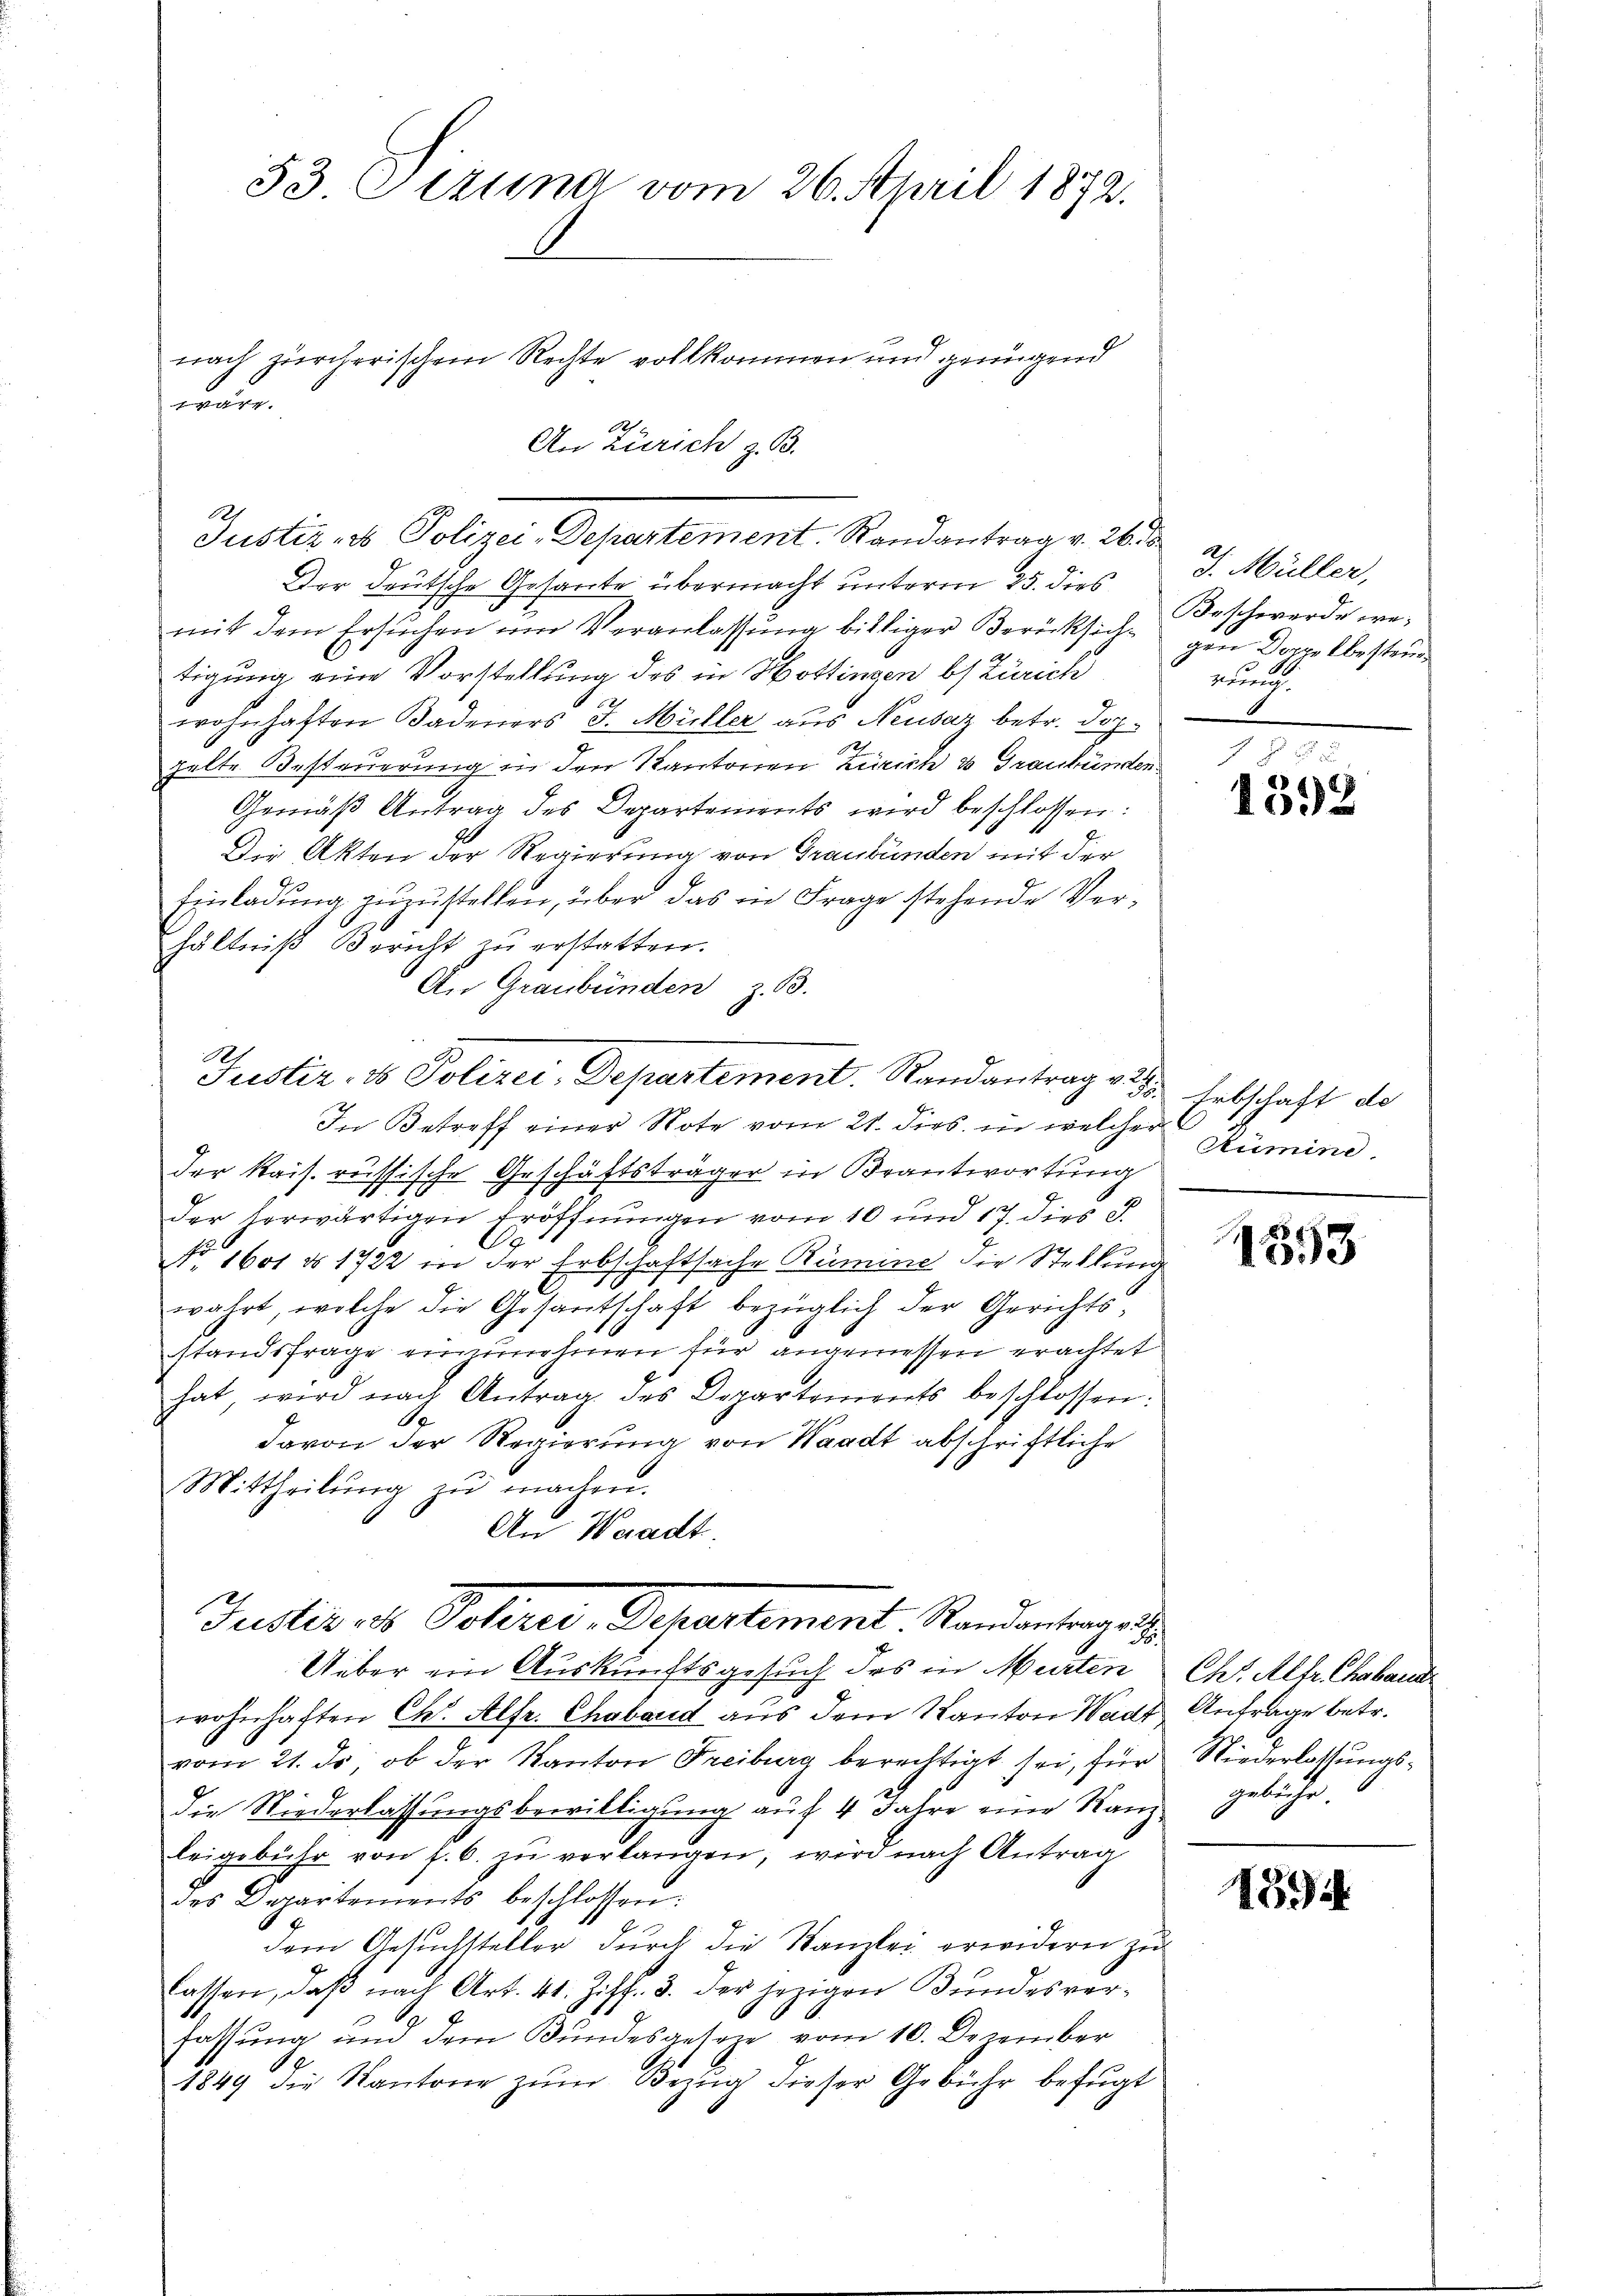
53 Pertina vom 26. April 1872.
nach zürcherischem Rechte vollkommen und genügend
u

Oes
An Zürich z. B.
Justiz- & Polizei-Departement. Randantrag v. 26. d.

Der deutsche Gesante übermacht unterm 25. dies
mit dem Ersuchen um Veranlassung billiger Berücksichtigung eine Vorstellung des in Hottingen bs Zürich
x
wohnhaften Badeners J. Müller aus Neusaz betr. Dopgelte Besteuerung in den Kantonen Zürich & Graubünden
Gemäβ Antrag des Departements wird beschlossen:
Die Akten der Regierung von Graubünden mit der
Einladung zuzustellen, über das in Frage stehende Verhältniß Bericht zu erstatten.
An Graubünden z. B.
Justiz- & Polizei-Departement. Randantrag 228.
In Betreff einer Note vom 21. dies in welcher
der Kais. russische Geschäftsträger in Beantwortung
der herwärtigen Eröffnungen vom 10 und 17. dies S.
O
NNo. 1601 § 1722 in der Erbschaftsache Rumme die Stellung
wahrt, welche die Gesantschaft bezüglich der Gerichtsstandsfrage einzunehmen für angemessen erachtet
hat, wird nach Antrag des Departements beschlossen:
davon der Regierung von Waadt abschriftliche
Mittheilŭng zŭ machen.
An Waadt.

2
Justiz - Polizei-Dehartement Randantrag v.

Ueber ein Auskunftsgesuch des in Murten Chr. Alfr Chaband
wohnhaften Chr. Alfr. Chaband aus dem Kanton Wads Antrage betr.
vom 21. ds, ob der Kanton Freiburg berechtigt sei, für Niederlassungs¬
Die Niederlassungsbewilligung auf 4 Jahre eine Ranz gebühr.
leigebühr von f. 6. zŭ verlangen, wird nach Antrag
des Departements beschlossen:
dem Gesuchsteller durch die Kanzlei erwidern zu
lassen, daß nach Art. 41. Ziff. 3. der jezigen Bundesverfassung und dem Bundesgeseze vom 10. Dezember
1849 die Kantone zŭm Bezŭg dieser Gebühr befŭgt

J. Müller,
Beschwerde wegen Doppelbesteue
edung

f 2 x 2
1392

Erbschaft de
Numine

1553

1594